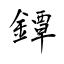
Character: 鐔